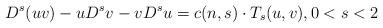
LaTeX: \begin{align*} D ^{s}(uv)-uD ^{s}v-vD ^{s}u = c(n,s)\cdot T_{s}(u,v), 0<s<2\end{align*}